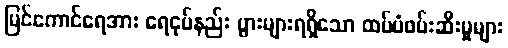
မြင်ကောင်ရေအား ရေငုပ်နည်း ပွားများရရှိသော ထပ်မံဖမ်းဆီးမှုများ